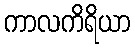
ကာလကိရိယာ